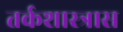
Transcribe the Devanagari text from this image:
तर्कशास्त्रास